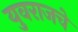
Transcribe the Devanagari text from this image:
युवराजचे